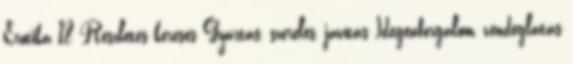
Erotika 18 Részletes keresés Gyártás, szerelés, javítás Idegenforgalom, vendéglátás